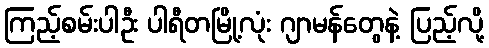
ကြည့်စမ်းပါဦး ပါရီတမြို့လုံး ဂျာမန်တွေနဲ့ ပြည့်လို့